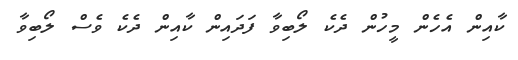
ކާއިން އެހެން މީހުން ދެކެ ލޯބިވާ ފަދައިން ކާއިން ދެކެ ވެސް ލޯބިވާ